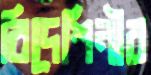
বিদেশিনীর